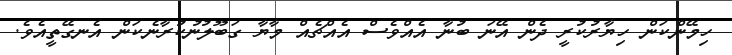
ހިމޭންކަން ހިޔާރުކުރީ ދެން އޭނަ ބުނާ އެއްވެސް އެއްޗެއް މާޔާ ގަބޫލުނުކުރާނެކަން އެނގޭތީއެވެ.